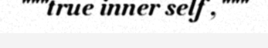
"""true inner self ,"""